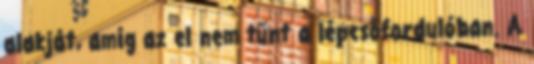
alakját, amíg az el nem tűnt a lépcsőfordulóban. A